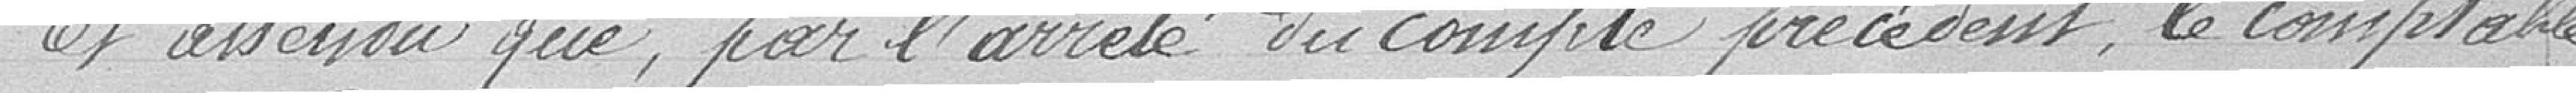
Et attendu, par l'arrêté du compte précédent, le comptable